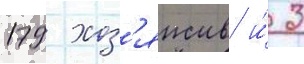
179 хоз'яиств и́ 3